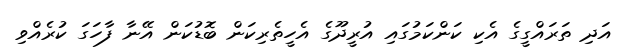
އަދި ތަރައްގީގެ އެކި ކަންކަމުގައި އުރީދޫގެ އެހީތެރިކަން ބޮޑުކަން އޭނާ ފާހަގަ ކުރެއްވި